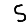
Digit: 5